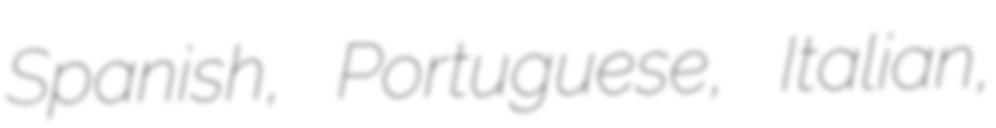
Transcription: Spanish, Portuguese, Italian,